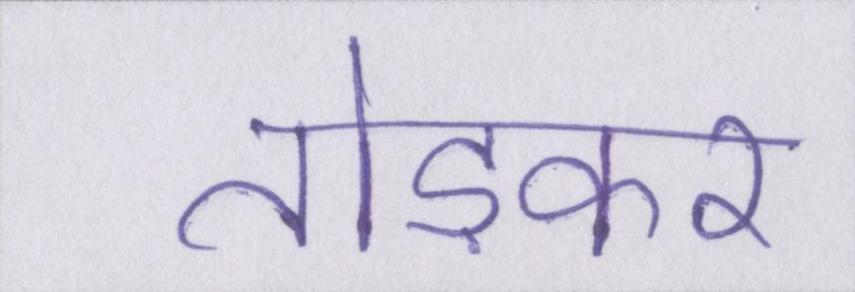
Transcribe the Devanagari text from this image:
तोड़कर